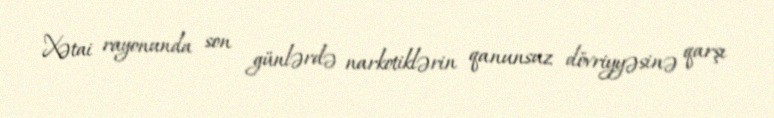
Xətai rayonunda son günlərdə narkotiklərin qanunsuz dövriyyəsinə qarşı